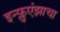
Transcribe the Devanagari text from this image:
इन्फ्लुएंझाचा